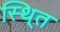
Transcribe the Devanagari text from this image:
स्थि्त